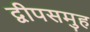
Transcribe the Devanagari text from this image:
द्वीपसमुह